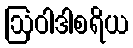
ဩဝါဒါစရိယ